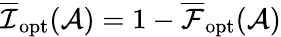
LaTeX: \overline{{\mathcal{I}}}_{\mathrm{opt}}(\mathcal{A})=1-\overline{{\mathcal{F}}}_{\mathrm{opt}}(\mathcal{A})